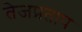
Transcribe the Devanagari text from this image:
तेजप्रताप